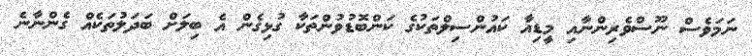
ނަމަވެސް ނޫސްވެރިންނާއި މީޑިއާ ކައުންސިލްތަކުގެ ކަންބޮޑުވުންތަކާ ގުޅިގެން އެ ބިލަށް ބަދަލުތަކެއް ގެންނާނެ